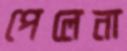
পেলেনা